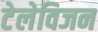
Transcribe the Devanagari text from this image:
टेलेविजन